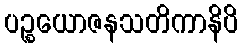
ပဉ္စယောဇနသတိကာနိပိ